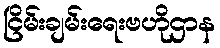
ငြိမ်းချမ်းရေးဗဟိုဌာန